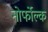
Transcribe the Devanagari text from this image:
नोर्फोल्क